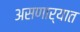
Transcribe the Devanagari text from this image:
असणार्यात